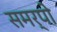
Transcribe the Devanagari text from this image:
समर्पो